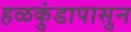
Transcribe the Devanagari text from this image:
हळकुंडापासुन